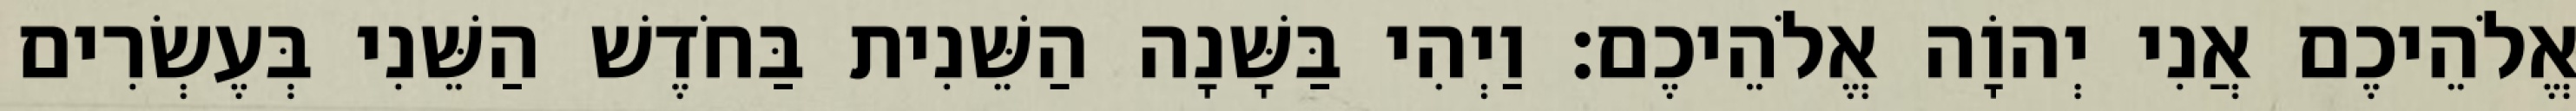
אֱלֹהֵיכֶם אֲנִי יְהוָֹה אֱלֹהֵיכֶם׃ וַיְהִי בַּשָּׁנָה הַשֵּׁנִית בַּחֹדֶשׁ הַשֵּׁנִי בְּעֶשְׂרִים